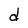
Character: d